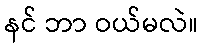
နင် ဘာ ဝယ်မလဲ။